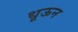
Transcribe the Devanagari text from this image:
धूऊन